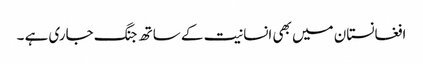
افغانستان میں بھی انسانیت کے ساتھ جنگ جاری ہے ۔